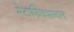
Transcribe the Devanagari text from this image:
मेटाफिक्शनल